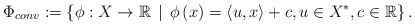
\begin{align*}\Phi_{conv}:=\left\{ \phi:X\to\mathbb{R}\, \mid \, \phi\left(x\right)=\left\langle u,x\right\rangle+c ,u\in X^*,c\in \mathbb{R}\right\}. \end{align*}